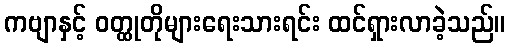
ကဗျာနှင့် ဝတ္ထုတိုများရေးသားရင်း ထင်ရှားလာခဲ့သည်။